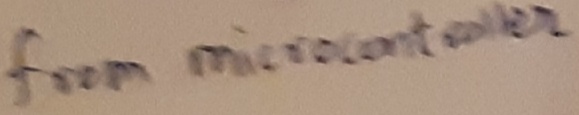
Text: from microcontroller